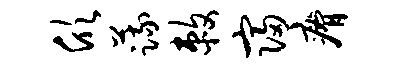
欣蔬敕寝瘠